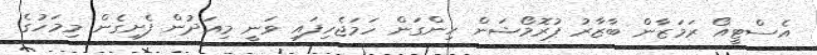
އެސްޓީއޯ ރަމަޒާން ބާޒާރު ޕުރޮމޯޝަން ހިންގަން ހަމަޖެހިފައި ވަނީ މިއަދުން ފެށިގެން މިމަހުގެ